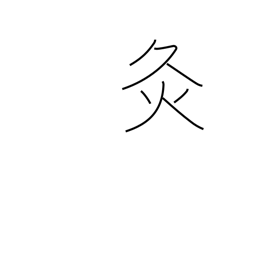
Meaning: chastisement